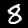
Digit: 8